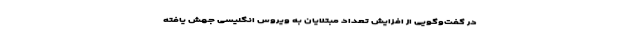
در گفت‌وگویی از افزایش تعداد مبتلایان به ویروس انگلیسی جهش یافته